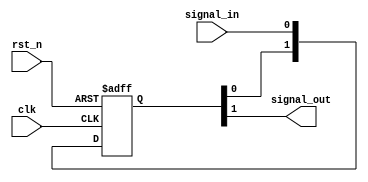
module cdc_slow2fast(
	input clk,
	input rst_n,
	input signal_in,
	output signal_out	
);

reg [1:0] signal_r;

always @(posedge clk or negedge rst_n)begin
	if(rst_n == 1'b0)begin
		signal_r <= 2'b0;
	end
	else begin
		signal_r <= {signal_r[0], signal_in};
	end
end

assign signal_out = signal_r[1];

endmodule